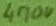
Text: 470u